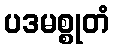
ပဒမစ္စုတံ